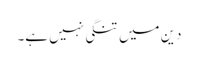
دین میں تنگی نہیں ہے۔